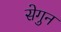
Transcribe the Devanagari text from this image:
सेगुन